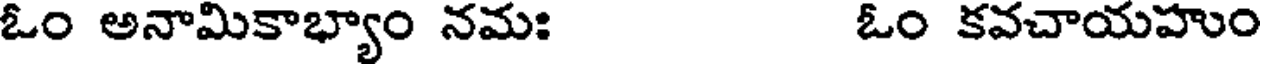
ఓం అనామికాభ్యాం నమః ఓం కవచాయహుం